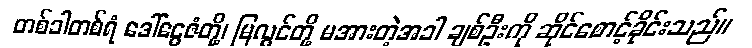
တစ်ခါတစ်ရံ ဒေါ်ငွေဇံတို့၊ မြလွင်တို့ မအားတဲ့အခါ ချစ်ဦးကို ဆိုင်စောင့်ခိုင်းသည်။